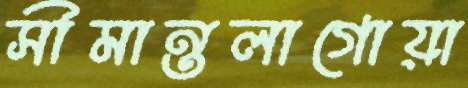
সীমান্তলাগোয়া